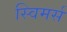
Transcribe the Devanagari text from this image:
स्विमर्स